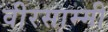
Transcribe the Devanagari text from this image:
वीरसाम्मी